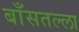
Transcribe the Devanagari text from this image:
बाँसतल्‍ला